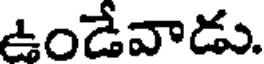
ఉండేవాడు.